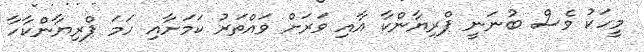
މީހަކު ވެސް ބުނަނީ ޕްރިޔާންކާ އާއި ވަރަށް ވައްތަރު ކަމަށާއި ހަމަ ޕްރިޔާންކާހާ